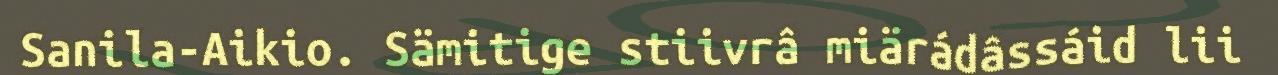
Sanila-Aikio. Sämitige stiivrâ miärádâssáid lii